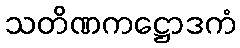
သတိဏကဋ္ဌောဒကံ